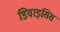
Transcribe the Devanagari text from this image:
डिवाइसिस